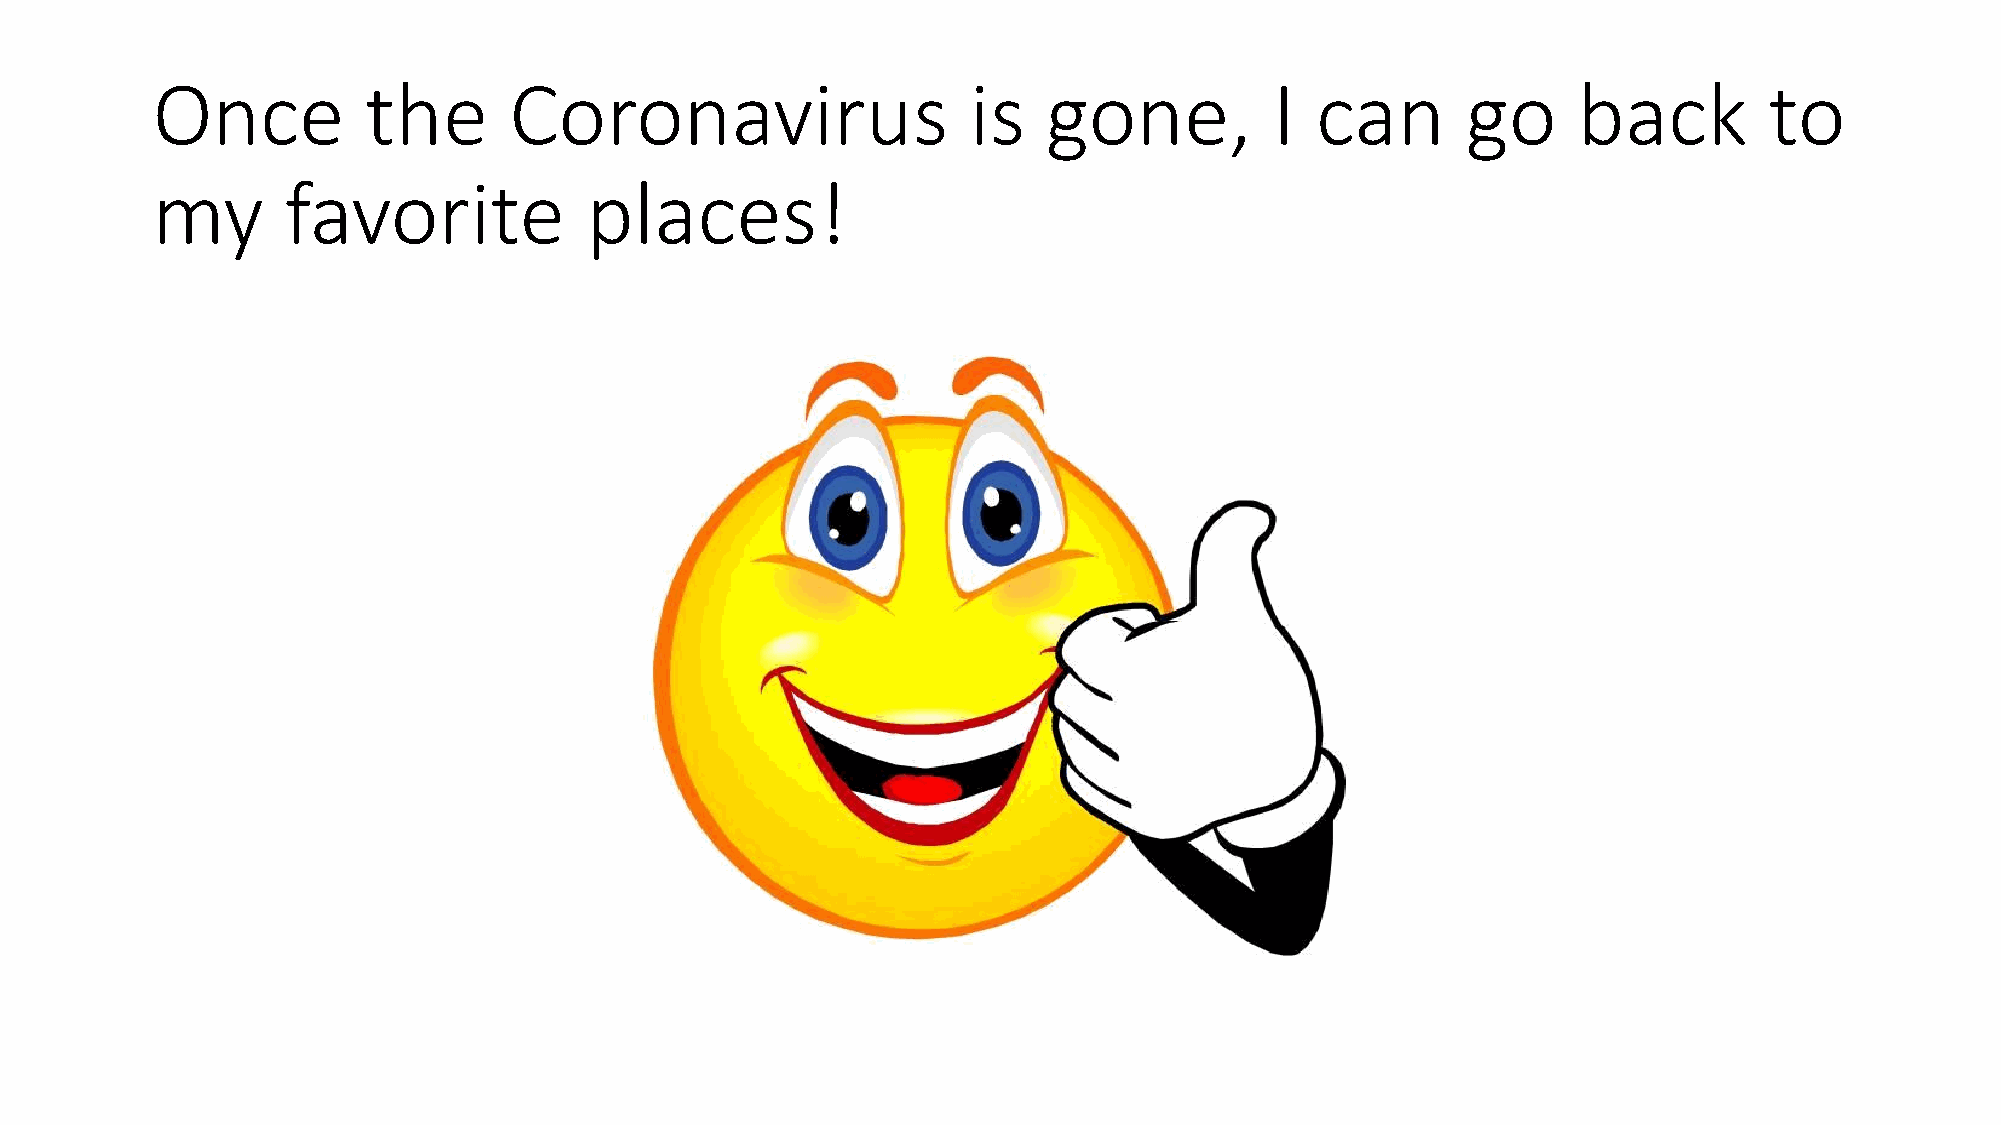
Once          the       Coronavirus                   is   gone,          I  can       go     back         to
 my       favorite            places!